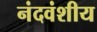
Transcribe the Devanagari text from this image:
नंदवंशीय